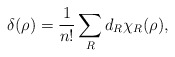
\begin{align*}\delta (\rho) = \frac{1}{n!} \sum_{R}^{} d_R \chi_R (\rho),\end{align*}